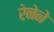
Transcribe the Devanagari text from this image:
रेनेने